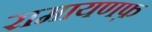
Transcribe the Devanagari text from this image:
रामायणफ़